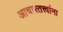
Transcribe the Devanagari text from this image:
आचारतत्त्वांना